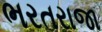
ભરતરાજા